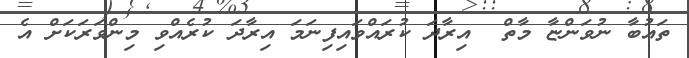
ތައުބާ ނުވަންޏާ މާތް  އިރާދަ ކުރައްވައިފިނަމަ އިރާދަ ކުރެއްވި މިންވަރަކަށް އެ